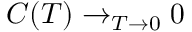
C ( T ) \to _ { T \to 0 } 0